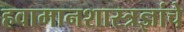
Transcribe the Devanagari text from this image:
हवामानशास्त्रज्ञांचे